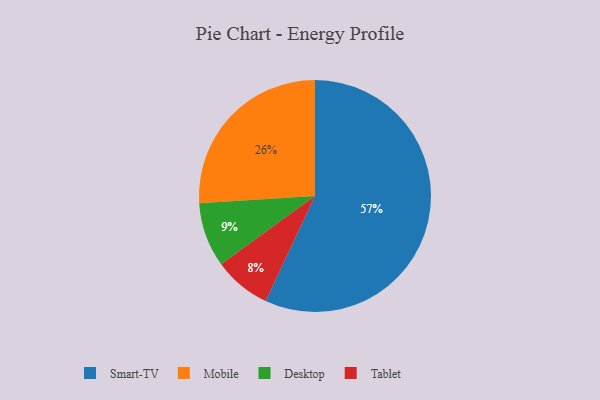
{"axis": {"x": "Category", "y": "Percentage"}, "legend": ["Desktop", "Mobile", "Smart-TV", "Tablet"], "data": [{"x": "Tablet", "y": 8, "type": "Tablet"}, {"x": "Mobile", "y": 26, "type": "Mobile"}, {"x": "Desktop", "y": 9, "type": "Desktop"}, {"x": "Smart-TV", "y": 57, "type": "Smart-TV"}]}